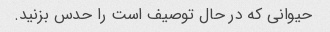
حیوانی که در حال توصیف است را حدس بزنید.